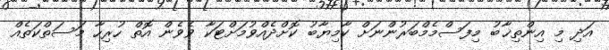
އަދި މި އިންތިޚާބު މިފަސްމެމްބަރުންނަށް ކާމިޔާބު ކޮށްދެއްވުމަށްޓަކާ ވެވެން އޮތް ހުރިހާ މަސަތްކަތެއް